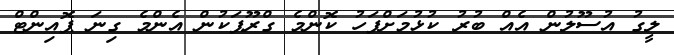
ލީގު އުސޫލުން އެއް ބުރު ކުޅުމަށްފަހު ކޮންމެ ގްރޫޕަކުން އެންމެ ގިނަ ޕޮއިންޓް